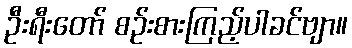
ဦးရီးတော် စဉ်းစားကြည့်ပါခင်ဗျာ။